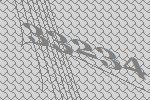
33234